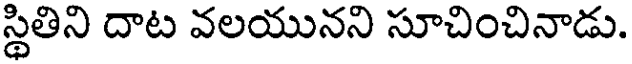
స్థితిని దాట వలయునని సూచించినాడు.